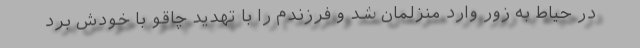
در حیاط به زور وارد منزلمان شد و فرزندم را با تهدید چاقو با خودش برد